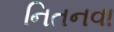
નિતનવા